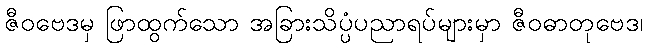
ဇီဝဗေဒမှ ဖြာထွက်သော အခြားသိပ္ပံပညာရပ်များမှာ ဇီဝဓာတုဗေဒ၊